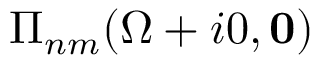
\Pi _ { n m } ( \Omega + i 0 , \mathbf { 0 } )